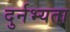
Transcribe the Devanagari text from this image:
दुर्नभ्यता